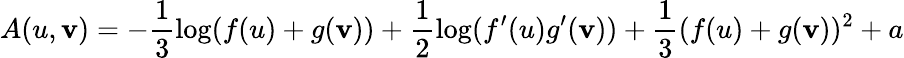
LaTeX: A(u,\mathbf{v})=-\frac{{1}}{{3}}\log(f(u)+g(\mathbf{v}))+\frac{{1}}{{2}}\log(f^{\prime}(u)g^{\prime}(\mathbf{v}))+\frac{{1}}{{3}}(f(u)+g(\mathbf{v}))^{2}+a